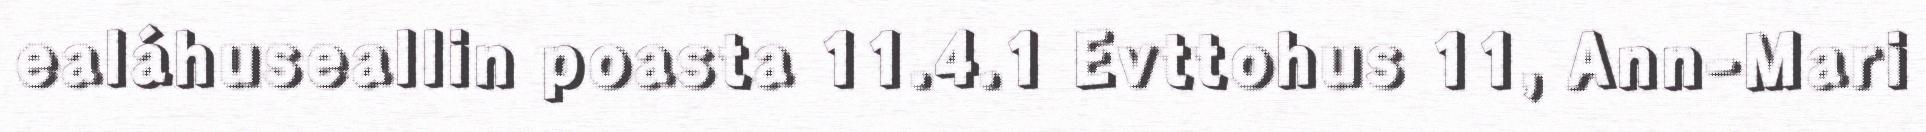
ealáhuseallin poasta 11.4.1 Evttohus 11, Ann-Mari